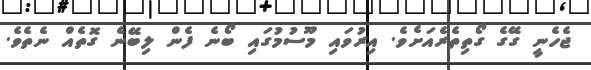
ޖެހެނީ ގޭގެ ގޯތިތެރެއަށެވެ. އިރުވައި މޫސުމުގައި ބޯނެ ފެން ލިބޭނެ ގޮތެއް ނެތެވެ.